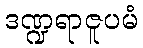
ဒဏ္ဍရာဇူပမံ